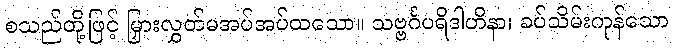
စသည်တို့ဖြင့် မြှားလွှတ်မအပ်အပ်ထသော။ သဗ္ဗင်္ဂပရိဒါဟိနာ၊ ခပ်သိမ်းကုန်သော